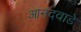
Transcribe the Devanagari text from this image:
आनंदवाडे